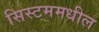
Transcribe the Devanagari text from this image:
सिस्टममधील